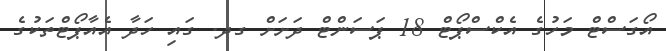
އޯގަސްޓް މަހުގެ އެކްސްޕޯޓް 18 ޕަސަންޓް ދަށަށް ގދ. ގައި ހަދާ އެއާޕޯޓްތަކުގެ